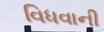
વિધવાની